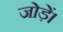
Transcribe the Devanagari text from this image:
जोड़ें।